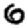
Digit: 6